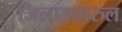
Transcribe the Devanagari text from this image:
जिलाउखरुल